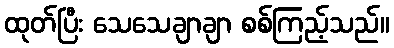
ထုတ်ပြီး သေသေချာချာ စစ်ကြည့်သည်။